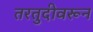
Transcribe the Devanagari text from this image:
तरतुदीवरून